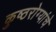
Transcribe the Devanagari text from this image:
कुष्ठरोग्यांचे